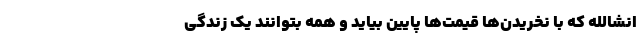
انشالله که با نخریدن‌ها قیمت‌ها پایین بیاید و همه بتوانند یک زندگی